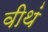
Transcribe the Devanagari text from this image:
वीथं